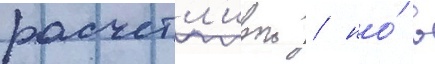
расчетл'ивои / но́ в